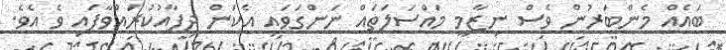
ބައެއް މެންބަރުން ވެސް ނިޒާމީ މައްސަލަތައް ނަންގަވައި އެކަން ދިފާއުކުރައްވާފައި ވެ އެވެ.